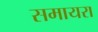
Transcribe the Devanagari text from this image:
समायरा